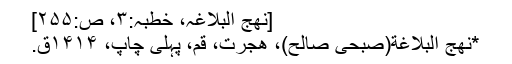
[نھج البلاغہ، خطبہ:۳، ص:۲۵۵]
*نهج البلاغة(صبحی صالح)، هجرت، قم، پہلی چاپ، ۱۴۱۴ق.